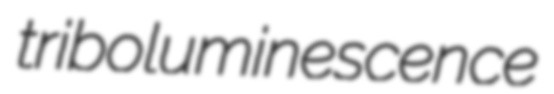
triboluminescence